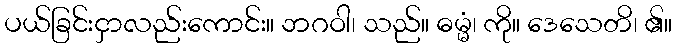
ပယ်ခြင်းငှာလည်းကောင်း။ ဘဂဝါ၊ သည်။ ဓမ္မံ၊ ကို။ ဒေသေတိ၊ ၏။